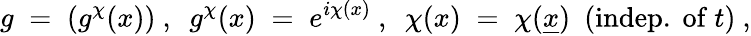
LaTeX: g\; =\; \left(g^{\chi}(x)\right)~,~~g^{\chi}(x)\; =\; e^{i\chi(x)}~,~~\chi(x)\; =\; \chi(\underline{{{x}}})~~(\mathrm{indep.~of~}t)~,